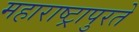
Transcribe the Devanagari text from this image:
महाराष्ट्रापुरते